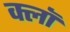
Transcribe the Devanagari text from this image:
क्लॉ